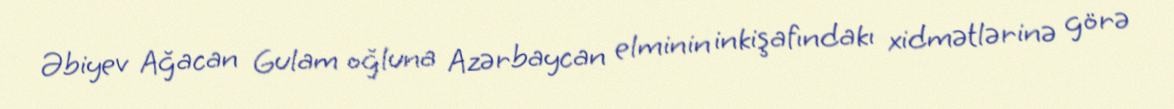
Əbiyev Ağacan Gulam oğluna Azərbaycan elminin inkişafındakı xidmətlərinə görə